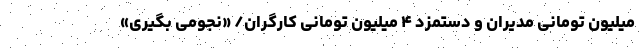
میلیون تومانی مدیران و دستمزد ۴ میلیون تومانی کارگران/ «نجومی بگیری»